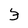
Character: 3